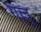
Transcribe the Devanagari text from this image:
गल्लू